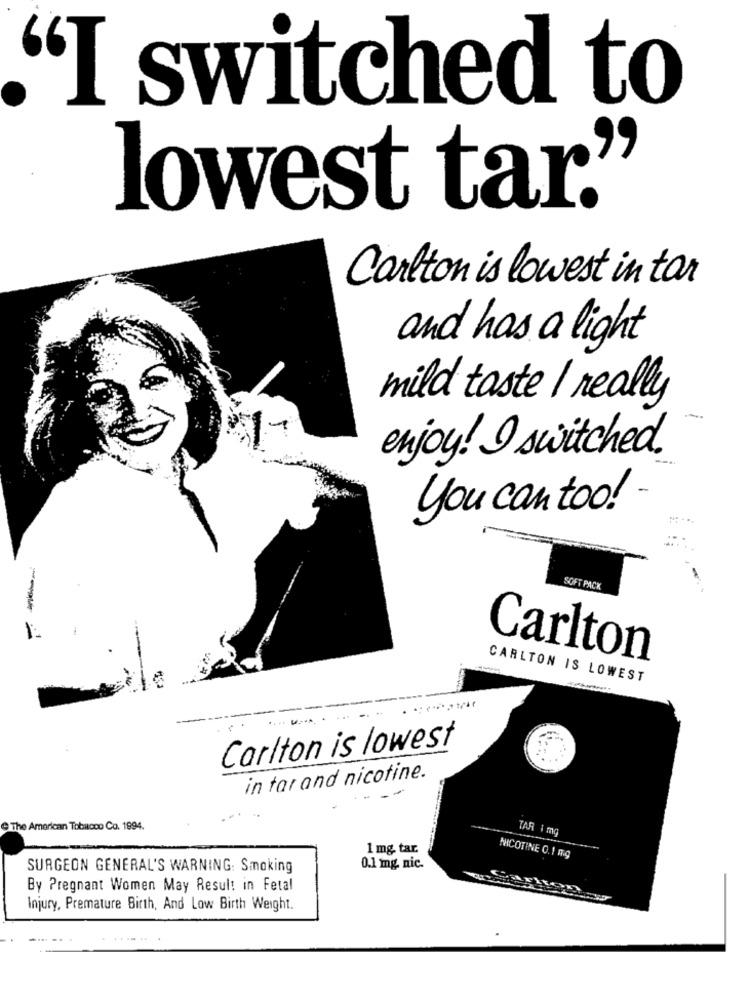
"I switched to
lowest tar."
Carlton is lowest in tar
and has a light
mild taste I really
enjoy! I switched.
you can too! -
SOFT PACK
Carlton
CARLTON IS LOWEST
Carlton is lowest
in tar and nicotine.
@ The American Tobacco Co. 1994.
TAR 1 mg
1 mg. tar.
NICOTINE O. I mg
SURGEON GENERAL'S WARNING: Smoking
0.1 mg. nic.
By Pregnant Women May Result in Fetal
Injury, Premature Birth, And Low Birth Weight.